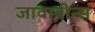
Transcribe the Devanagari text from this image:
जावाबीन्स